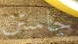
جاستن